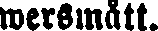
wersmått.